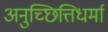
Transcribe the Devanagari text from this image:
अनुच्छित्तिधर्मा